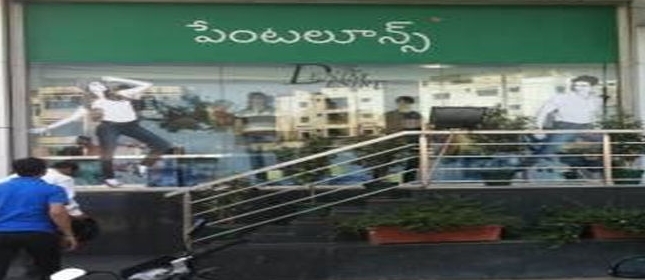
Language: telugu
Transcription: పెంటలూన్స్